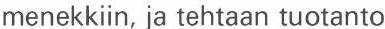
menekkiin, ja tehtaan tuotanto